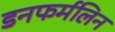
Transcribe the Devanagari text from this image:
डनफर्मलिन